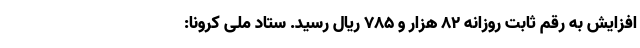
افزایش به رقم ثابت روزانه 82 هزار و 785 ریال رسید. ستاد ملی کرونا: